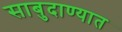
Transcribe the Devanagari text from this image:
साबुदाण्यात